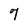
Character: 7